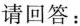
请回答：